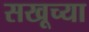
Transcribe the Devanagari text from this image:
सखूच्या